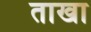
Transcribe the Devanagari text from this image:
ताखा